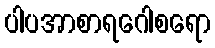
ပါပအာစာရဂေါစရော